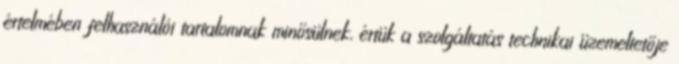
értelmében felhasználói tartalomnak minősülnek, értük a szolgáltatás technikai üzemeltetője